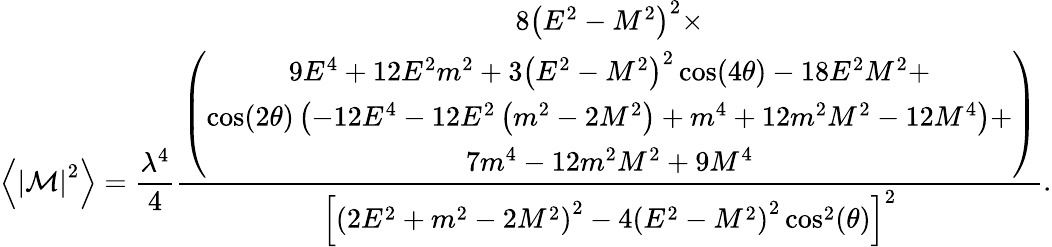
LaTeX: \left\langle\left\vert\mathcal{M}\right\vert^{2}\right\rangle=\frac{\lambda^{4}}{4}\frac{\begin{array}{c}{8\left(E^{2}-M^{2}\right)^{2}\times}\\ {\left(\begin{array}{c}{9E^{4}+12E^{2}m^{2}+3\left(E^{2}-M^{2}\right)^{2}\cos(4\theta)-18E^{2}M^{2}+}\\ {\cos(2\theta)\left(-12E^{4}-12E^{2}\left(m^{2}-2M^{2}\right)+m^{4}+12m^{2}M^{2}-12M^{4}\right)+}\\ {7m^{4}-12m^{2}M^{2}+9M^{4}}\end{array}\right)}\end{array}}{\left[\left(2E^{2}+m^{2}-2M^{2}\right)^{2}-4\left(E^{2}-M^{2}\right)^{2}\cos^{2}(\theta)\right]^{2}}.